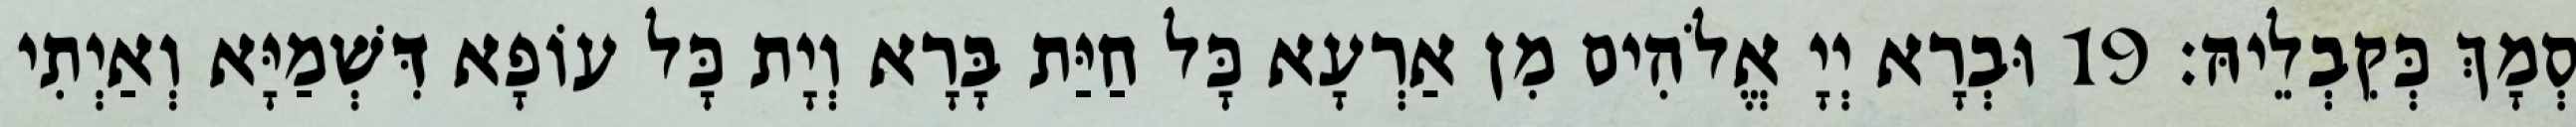
סְמָךְ כְּקִבְלֵיהּ׃ 19 וּבְרָא יְיָ אֱלֹהִים מִן אַרְעָא כָּל חַיַּת בָּרָא וְיָת כָּל עוֹפָא דִּשְׁמַיָּא וְאַיְתִי